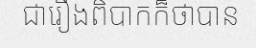
ជារឿងពិបាកក៏ថាបាន